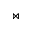
\Join